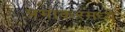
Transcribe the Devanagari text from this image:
प्रभाकरमध्ये